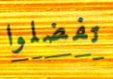
تفضلوا